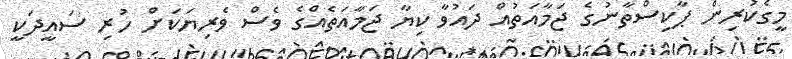
މީގެކުރިން ޕާކިސްތާނުގެ ޖަމާއަތުއް ދައުވާ ކިޔާ ޖަމާއަތެއްގެ ވެސް ވެރިޔަކަށް ހުރި ސައީދަކީ